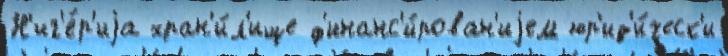
Н'иг'е́р'иjа хран'и́л'ище ф'инанс'и́рован'иjем юр'ид'и́ческ'и